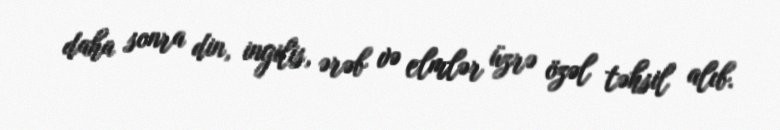
daha sonra din, ingilis, ərəb və elmlər üzrə özəl təhsil alıb.